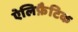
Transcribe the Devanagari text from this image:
ऐलिफ़ैटिक